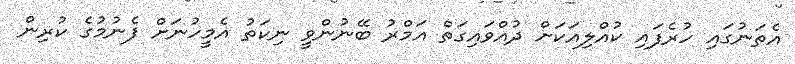
އެތަނުގައި ހުރެފައި ކުއްލިއަކަށް ދުއްވައިގަތް އަމްރު ބޭނުންވީ ނިކަތު އެމީހުނަށް ފެނުމުގެ ކުރިން